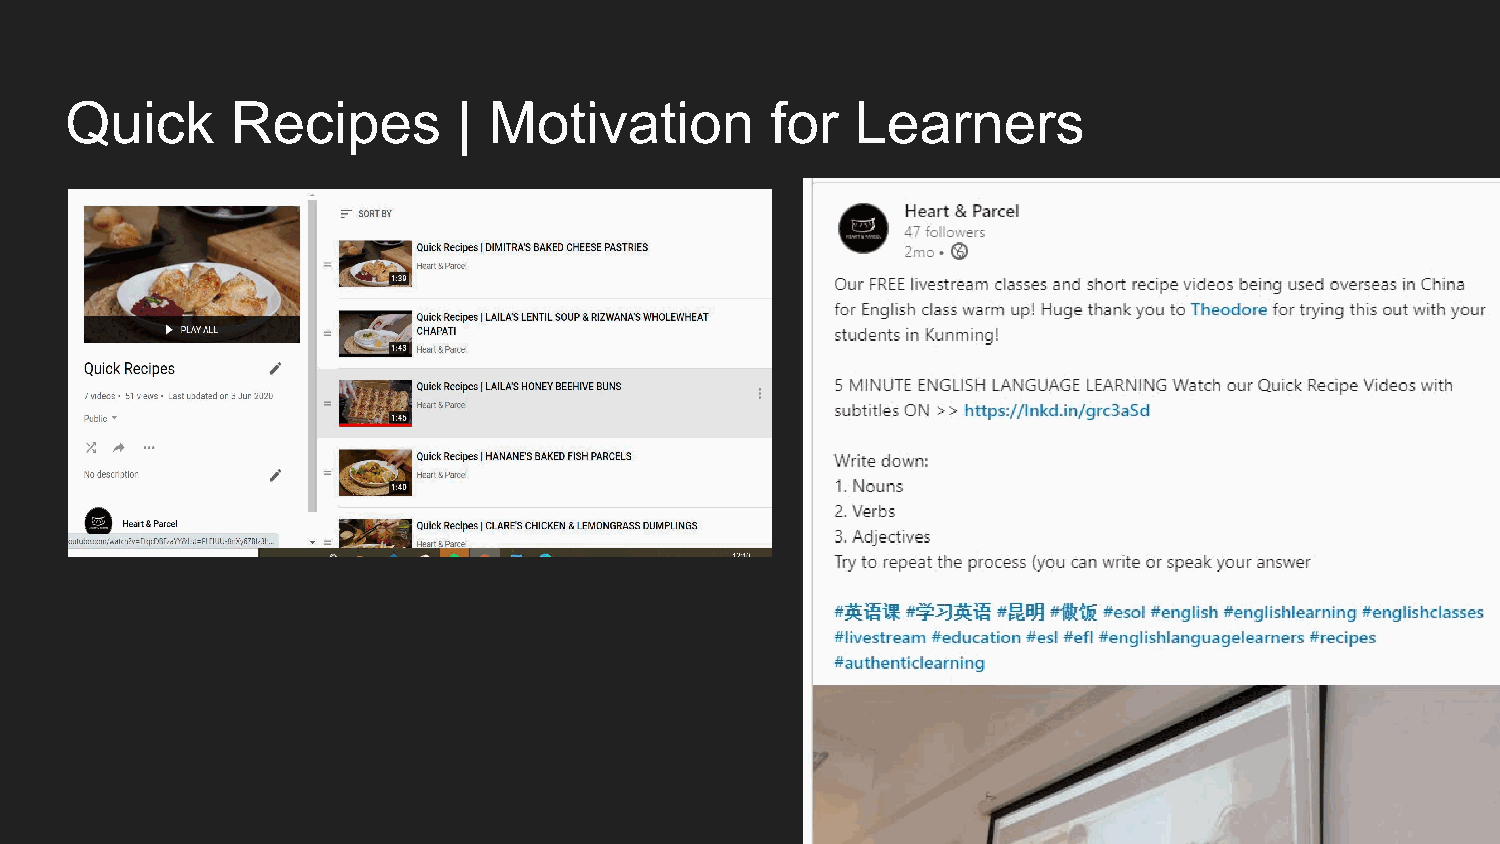
Quick      Recipes        | Motivation         for   Learners